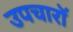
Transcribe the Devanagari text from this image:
उपचारॉ